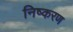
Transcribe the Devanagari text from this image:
निष्करण